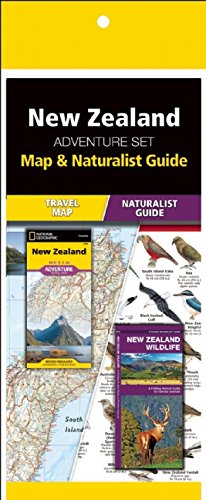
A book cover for New Zealand Adventure Set; Travel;